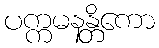
ပက္ကမနန္တိကော